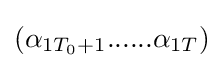
(\alpha _{1T_{0}+1}......\alpha _{1T})